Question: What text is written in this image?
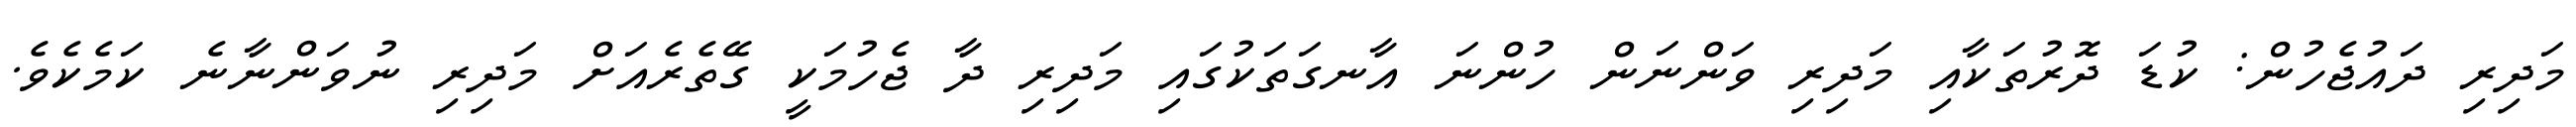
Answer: މަދިރި ދައުޖެހުން: ކުޑަ ދޮރުތަކާއި މަދިރި ވަންނަން ހުންނަ އާނގަތަކުގައި މަދިރި ދާ ޖެހުމަކީ ގޭތެރެއަށް މަދިރި ނުވަންނާނެ ކަމެކެވެ.